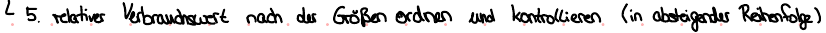
5. relativer Verbrauchswert nach der Größen ordnen und kontrollieren (in absteigender Reihenfolge)